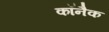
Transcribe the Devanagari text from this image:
कॉनैक